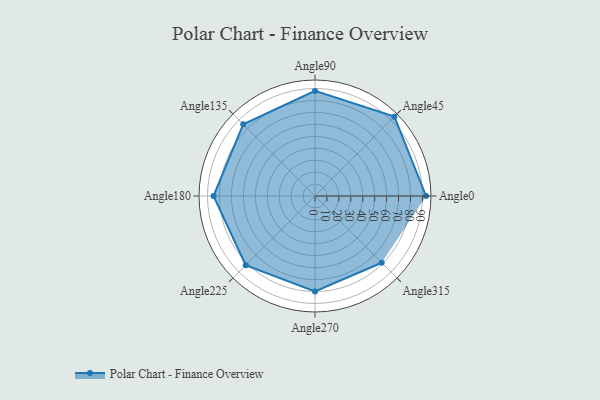
{"axis": {"x": "Angle", "y": "Radius"}, "legend": [""], "data": [{"x": "Angle0", "y": 93.0, "type": ""}, {"x": "Angle45", "y": 94.0, "type": ""}, {"x": "Angle90", "y": 88.0, "type": ""}, {"x": "Angle135", "y": 85.0, "type": ""}, {"x": "Angle180", "y": 85.0, "type": ""}, {"x": "Angle225", "y": 82.0, "type": ""}, {"x": "Angle270", "y": 80.0, "type": ""}, {"x": "Angle315", "y": 79.0, "type": ""}]}